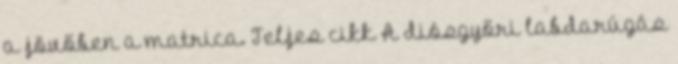
a jövőben a matrica. Teljes cikk A diósgyőri labdarúgás